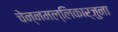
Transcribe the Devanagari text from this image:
चेन्नमल्लिकार्जुना